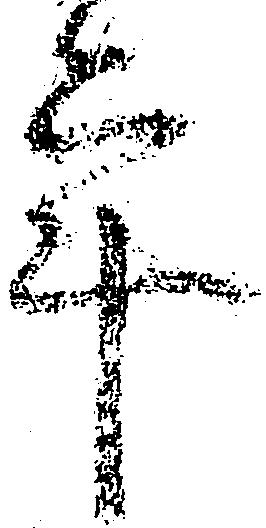
年